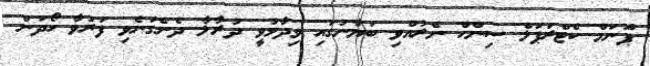
ޕޫނަމް ކެޓްރަޕަލް ސިންހް ނެރުއްވި ބަޔާނުގައި ވިދާޅުވީ ދުރާލާ ދެނެގަނެވި ފަރުވާ ހޯދަން